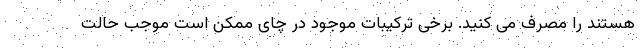
هستند را مصرف می کنید. برخی ترکیبات موجود در چای ممکن است موجب حالت